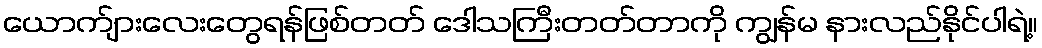
ယောက်ျားလေးတွေရန်ဖြစ်တတ် ဒေါသကြီးတတ်တာကို ကျွန်မ နားလည်နိုင်ပါရဲ့။